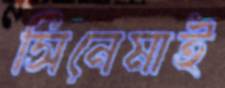
সিনেমাই